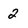
Character: 2